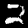
Label: 2